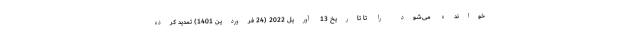
خوانده می‌شود را تا تاریخ 13 آوریل 2022 (24 فروردین 1401) تمدید کرده